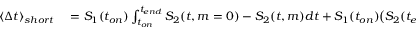
\begin{array} { r l } { \langle \Delta t \rangle _ { s h o r t } } & { { } = S _ { 1 } ( t _ { o n } ) \int _ { t _ { o n } } ^ { t _ { e n d } } S _ { 2 } ( t , m = 0 ) - S _ { 2 } ( t , m ) d t + S _ { 1 } ( t _ { o n } ) \big ( S _ { 2 } ( t _ { e n d } , m = 0 ) - S _ { 2 } ( t _ { e n d } , m ) \big ) \int _ { t _ { e n d } } ^ { \infty } S _ { 3 } ( t , m = 0 ) d t . } \end{array}